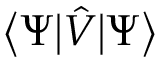
{ \big \langle } \Psi { \big | } { \hat { V } } { \big | } \Psi { \big \rangle }